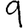
Digit: 9